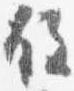
故